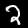
Label: 2